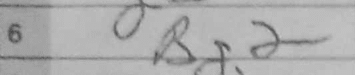
Transcription: Bg2